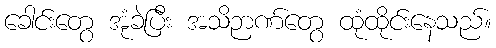
ခေါင်းတွေ အုံခဲပြီး အသိဉာဏ်တွေ ထုံထိုင်းနေသည်။